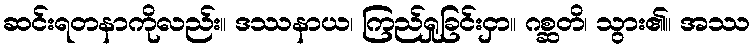
ဆင်းရတနာကိုလည်း။ ဒဿနာယ၊ ကြည်ရှုခြင်းငှာ။ ဂစ္ဆတိ၊ သွား၏။ အဿ